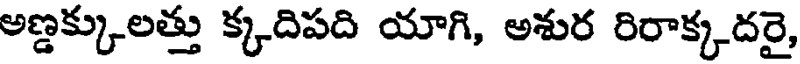
అణ్డక్కులత్తు క్కదిపది యాగి, అశుర రిరాక్కదరై,